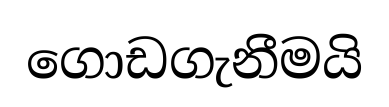
ගොඩගැනීමයි